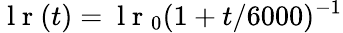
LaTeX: \mathrm{~l~r~}(t)=\mathrm{~l~r~}_{0}(1+t/6000)^{-1}